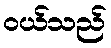
ဝယ်သည်